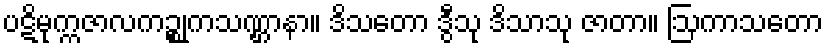
ပဋိမုက္ကဇာလကဉ္စုကသဏ္ဌာနာ။ ဒိသတော ဒွီသု ဒိသာသု ဇာတာ။ ဩကာသတော